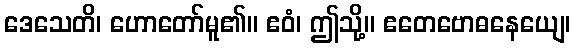
ဒေသေတိ၊ ဟောတော်မူ၏။ ဧဝံ၊ ဤသို့။ ဧတေဗောဓနေယျေ၊